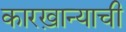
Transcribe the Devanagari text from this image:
कारख़ान्याची